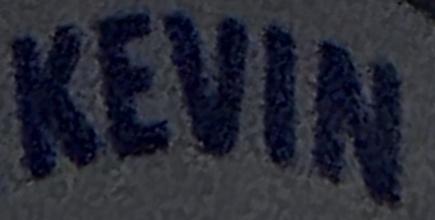
KEVIN